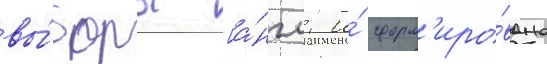
вы́боры [а́нгл. и́ сформ'иро́вано